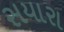
સયારા